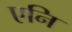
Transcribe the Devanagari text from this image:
एनि